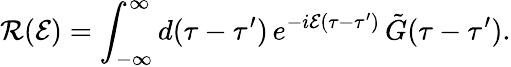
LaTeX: {\cal R}({\cal E})=\int_{-\infty}^{\infty}d(\tau-\tau^{\prime})\, e^{-i{\cal E}(\tau-\tau^{\prime})}\, {\tilde{G}}(\tau-\tau^{\prime}).